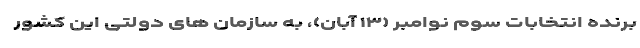
برنده انتخابات سوم نوامبر (۱۳ آبان)، به سازمان های دولتی این کشور